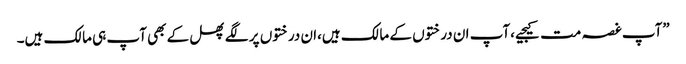
”آپ غصہ مت کیجیے،آپ ان درختوں کے مالک ہیں،ان درختوں پر لگے پھل کے بھی آپ ہی مالک ہیں۔